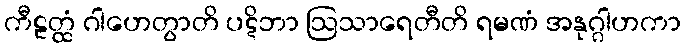
ကီဠတ္ထံ ဂါဟေတွာတိ ပဋိဘာ ဩသာရေတီတိ ရမဏံ အနုဂ္ဂါဟကာ